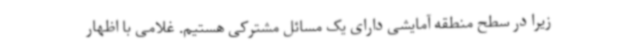
زیرا در سطح منطقه آمایشی دارای یک مسائل مشترکی هستیم. غلامی با اظهار